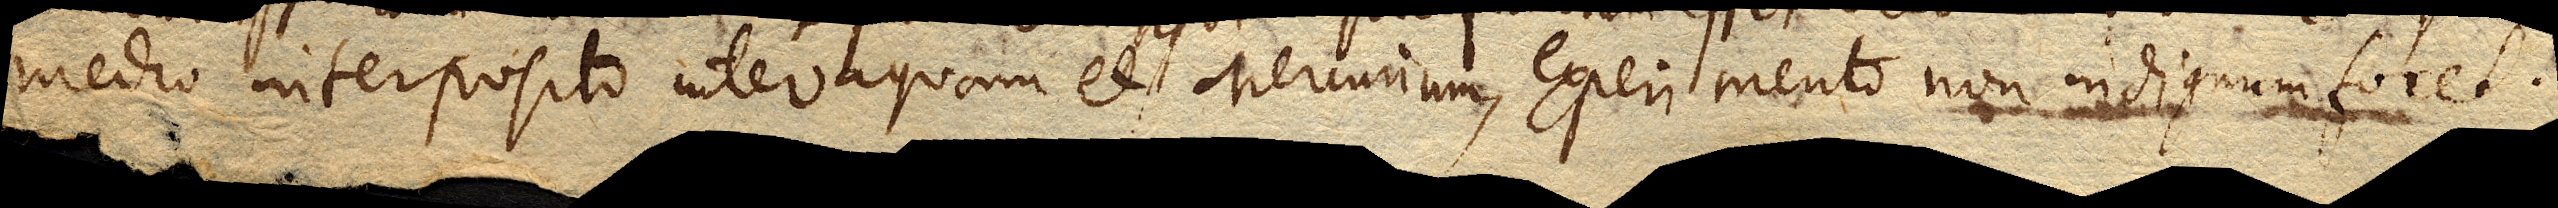
medio interposito inter aquam et Mercurium, experimento non indignum foret.